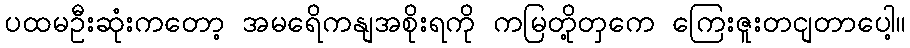
ပထမဦးဆုံးကတော့ အမရေိကနျအစိုးရကို ကမြတို့တှကေ ကြေးဇူးတငျတာပေါ့။